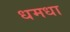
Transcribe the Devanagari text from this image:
धमधा